Bréfritari: Klemens Björnsson
Viðtakandi: Jón Borgfirðings Jónsson
Dagsetning: A-1850-05-09
Skrifað á: Bjarteyjarsandi  Borg.

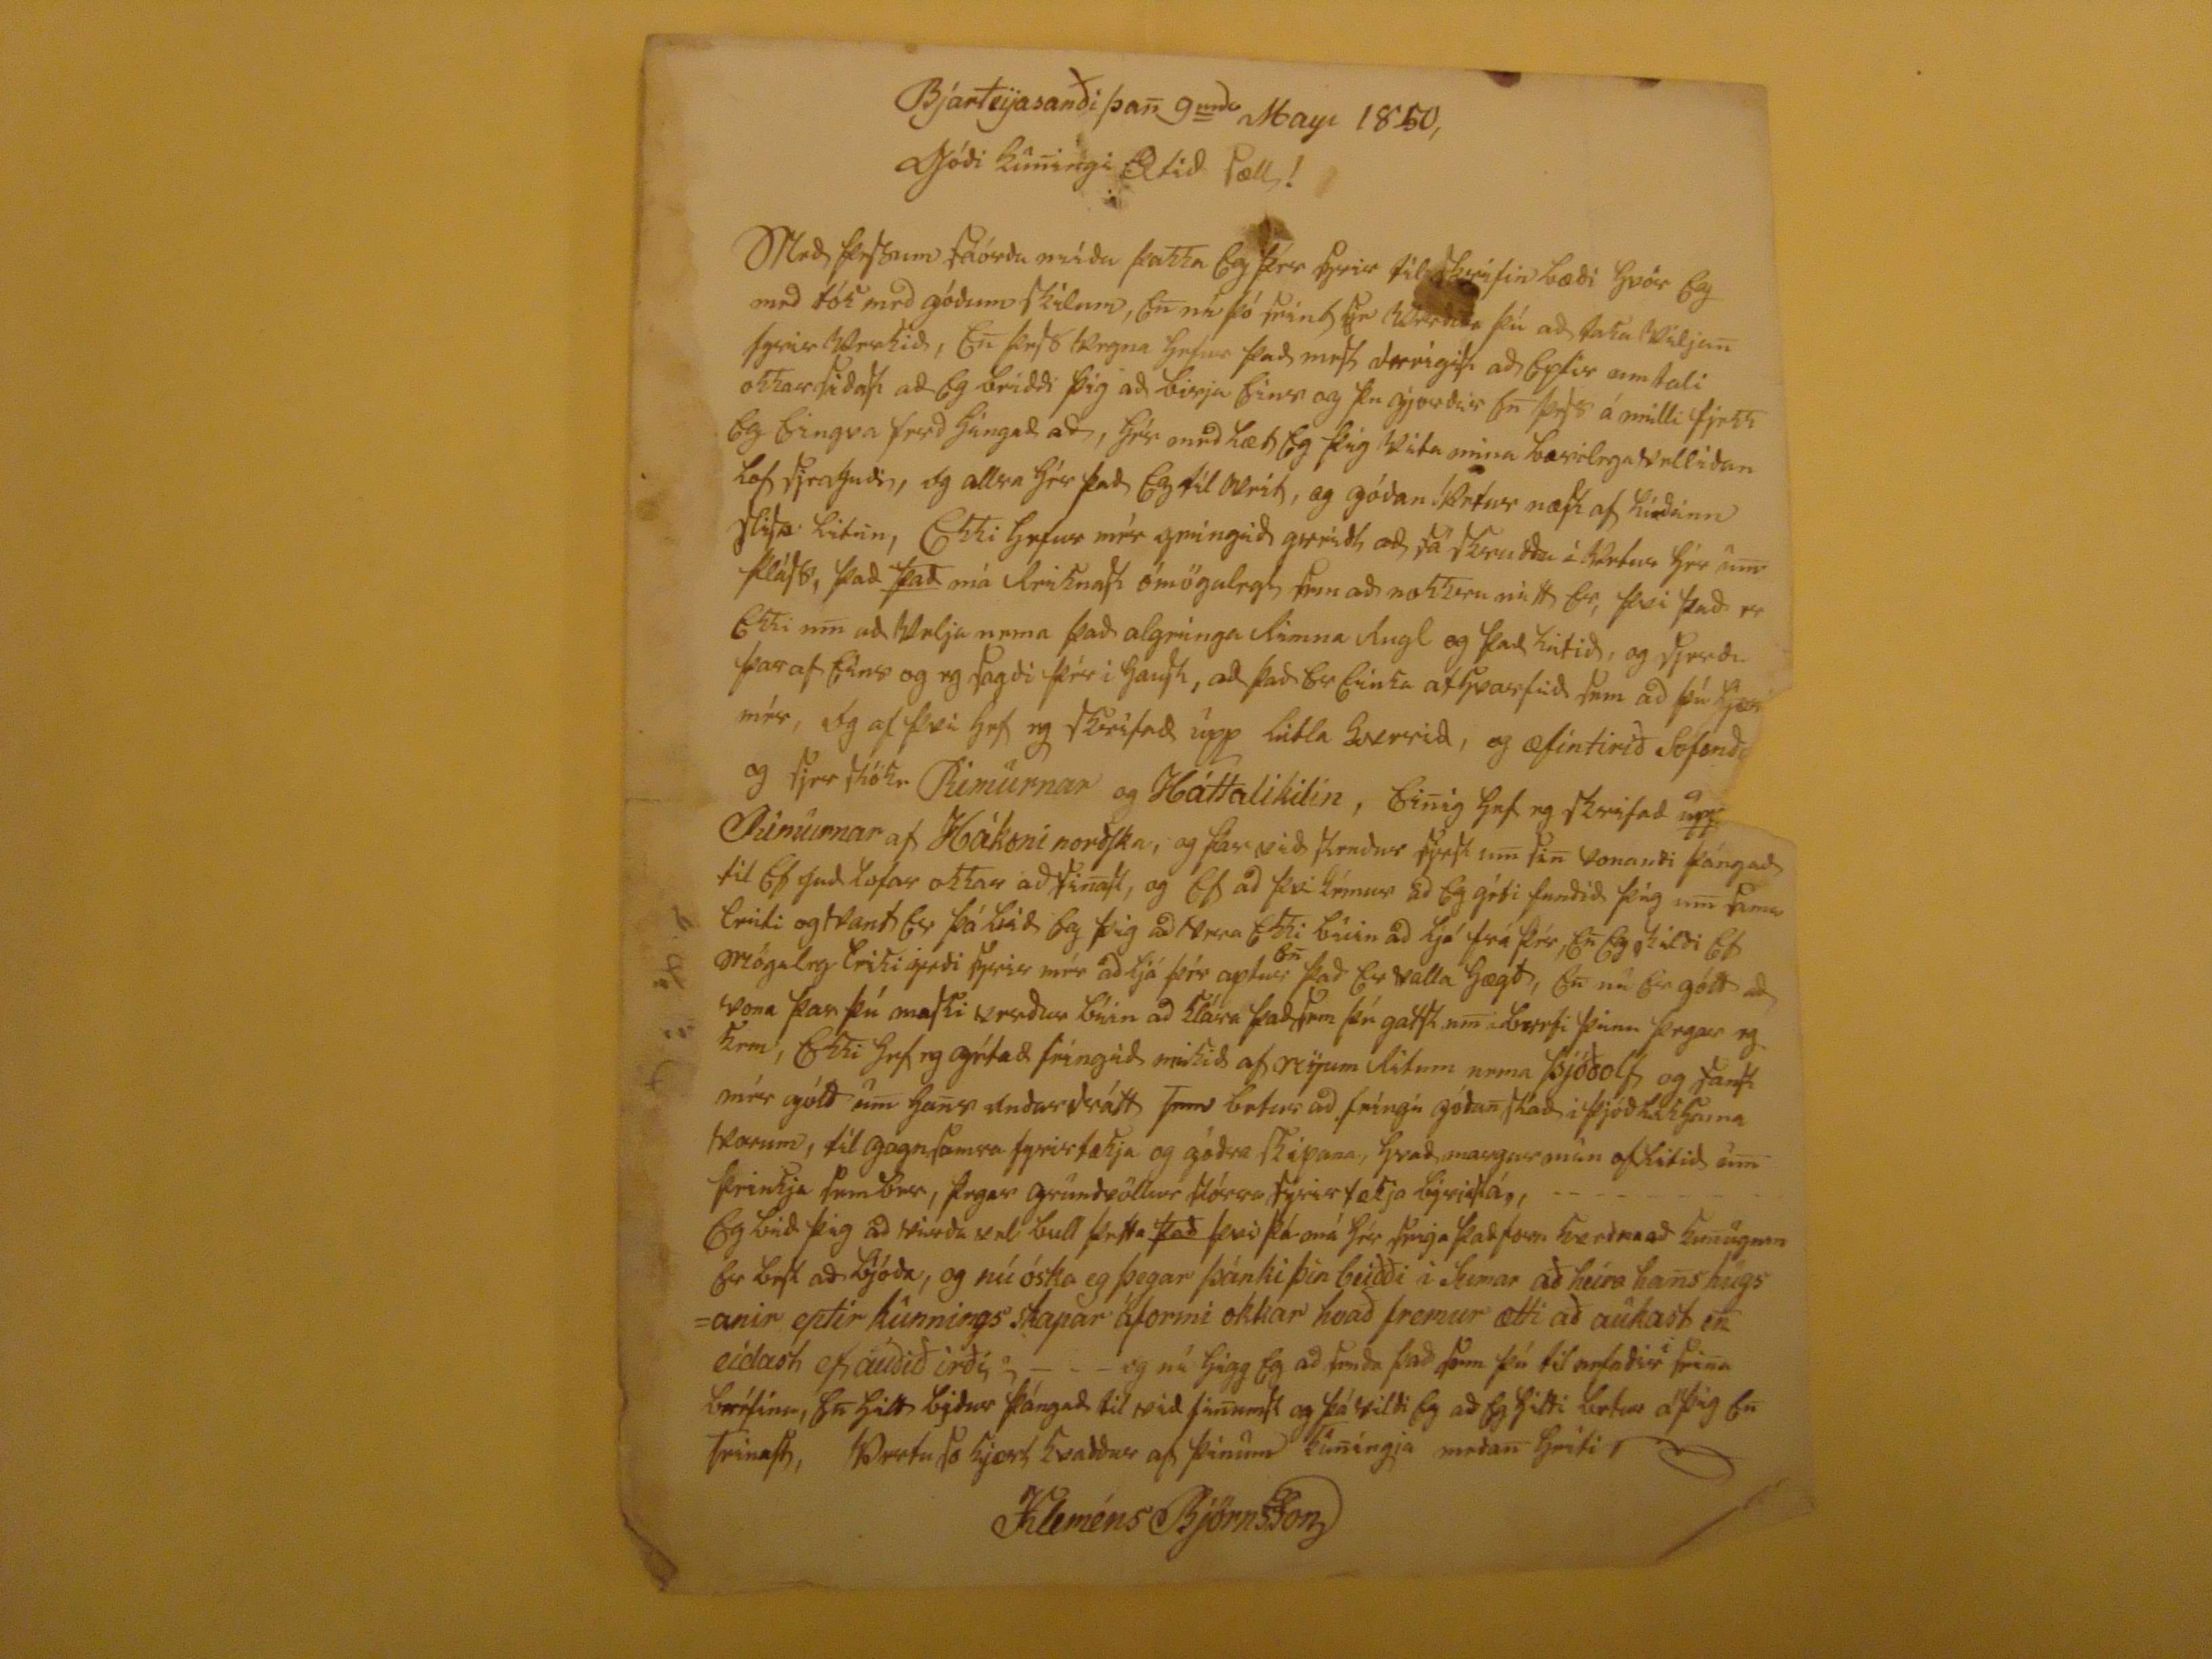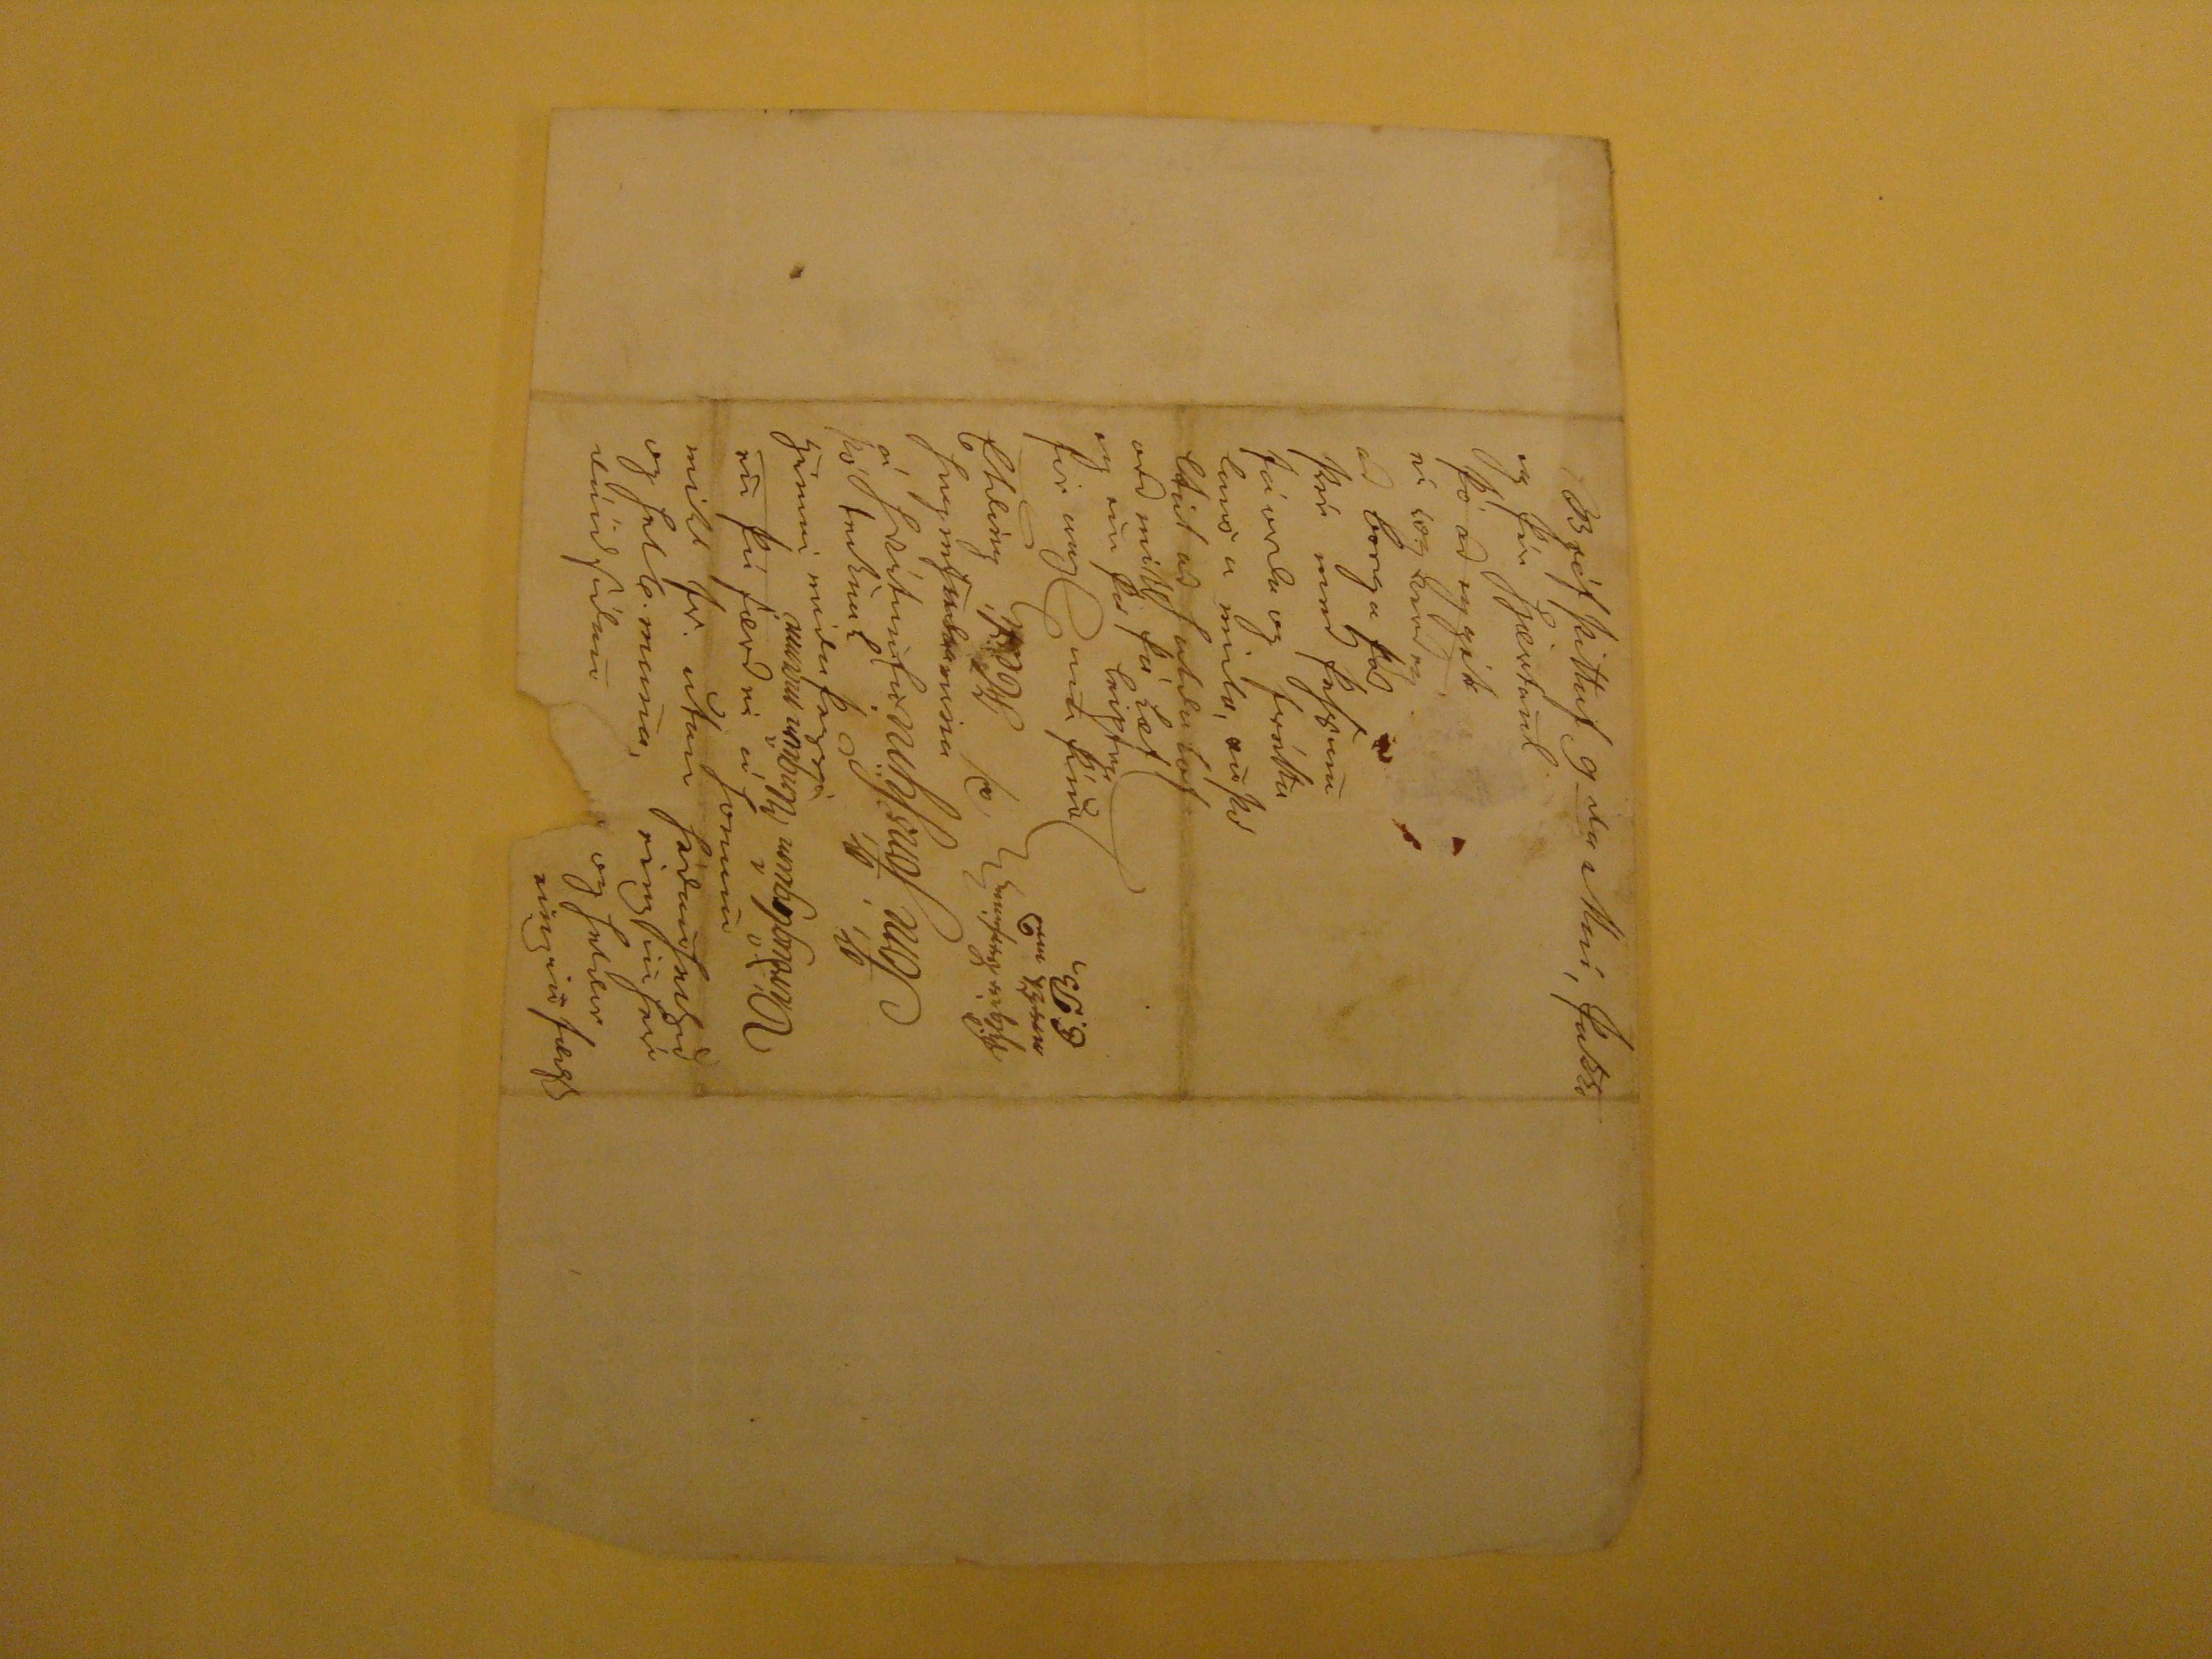

Bjarteyjasanði þan 9
unda
Mayi 1850,
Góði kunningi Ætið Sæll !
MEð þessum fáorða miða þakka Eg þér fyrir til skrifin bæði hvör Eg með tók með góðum skilum, En nú þó
seint sé Verður
þú að taka Viljan fyrir Verkið, En þess Vegna hefur það mest
Veigist
að Eptir samtali okkar siðast að Eg beiddi þig að birja
Einr
og þu gjorðir En þess á milli fjekk Eg Eingva ferð hingað að, hér
oneð
læt Eg þig Vita mina bærilega Velliðan lof sje Guði, og allra hér það Eg til Veit, og góðan
Vetur
næst af hieðann slisa litin, Ekki hefur mér geingið greiðl að fá
?enddu í Vetur
hér um pláss, það
það
má
Reiknast
ómögulegt sem að nokkru mitt Er, því það er Ekki um að Velja nema það algeinga Rimna Rugl og það litið, og sjerðu þar af Eins og eg sagði þér í haust, að það Er Einta af hvarfið sem að þú
hj??
mér, Og af því hef eg skrifað upp litla Kverið, og æfintirið Sofanði
??
og sjer
???
Rimurnar og Háttalikilin, Einig hef eg skrifað
upp?
Rimurnar af Hákoni norðska, og þar við stendiur fyrst um sin vonandi þángað til Ef Guð lofar okkur að finast, og Ef að
þú kémur
að Eg géti funðið þig um sama
Eriti
og vant Er þá bað Eg þig að Vera Ekki búin að ljá frá þér, En Eg
?ilði
Ef möguleg Eriki yrði fyrir mér að ljá þér eptur
En
það Er valla hægt, En nú Er gott að vona þar þú maski verður búin að klára það sem þú gast um i brefi þinu þegar eg kem, Ekki hef eg gétað feingið mikið af
??um
litum nema Þjóðolf og fanst mér gott um hans andardrátt hans betur að feingi góðan stað i Þjóðlikhama vorum, til gagnsamra fyrirtækja og góðra skipana, hvað margur man oflitið enn þeinkja sem ber, þegar grundvöllur flórra fyrir tækja
???
, Eg bið þig að virða vel bull þetta
það
þvi þá má hér seija það
sem ????
Er best að bjóða, og nú óska eg þegar þánki þin beiðði i sumar að heira hans hugsanir eptir kunnings skapar áformi okkar hvað fremur ætti að aukast en eidast ef auðið irði, - - - og nú higg Eg að senda það sem þú til
vefaðir sein
bréfinu, En hitt býður þángað til við finumst og þá vildi Eg að Eg hitti betur á þig en seinast, Vertu so kjært kvaddur af þinum kuningja meðan heiti
Klemens Björnsson
Virðuglegum Ungum manni
Jóni Jónssyni
að/ Hesti
fylgir brefinu merkt með G.B,